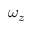
\omega _ { z }